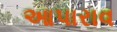
આપારાવ